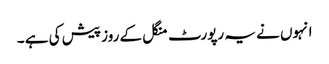
انہوں نے یہ رپورٹ منگل کے روز پیش کی ہے ۔